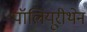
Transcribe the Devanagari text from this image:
पॉलियूरीथेन